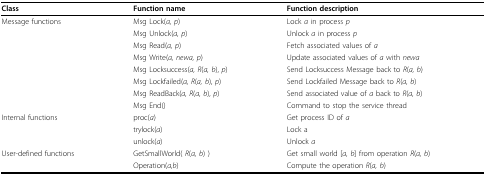
| Class | Function name | Function description |
 | --- | --- | --- |
 | Message functions | Msg Lock(a, p) | Lock a in process p |
 |  | Msg Unlock(a, p) | Unlock a in process p |
 |  | Msg Read(a, p) | Fetch associated values of a |
 |  | Msg Write(a, newa, p) | Update associated values of a with newa |
 |  | Msg Locksuccess(a, R(a, b), p) | Send Locksuccess Message back to R(a, b) |
 |  | Msg Lockfailed(a, R(a, b), p) | Send Lockfailed Message back to R(a, b) |
 |  | Msg ReadBack(a, R(a, b), p) | Send associated value of a back to R(a, b) |
 |  | Msg End() | Command to stop the service thread |
 | Internal functions | proc(a) | Get process ID of a |
 |  | trylock(a) | Lock a |
 |  | unlock(a) | Unlock a |
 | User-defined functions | GetSmallWorld( R(a, b) ) | Get small world [a, b] from operation R(a, b) |
 |  | Operation(a,b) | Compute the operation R(a, b) |